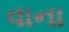
વાના